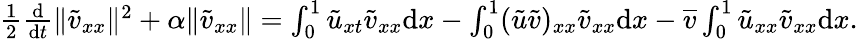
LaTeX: \begin{array}{r}{\frac 12\frac{\mathrm{d}}{\mathrm{d}t}\| {\tilde{v}}_{xx}\| ^{2}+\alpha\| \tilde{v}_{xx}\| =\int_{0}^{1}\tilde{u}_{xt}{\tilde{v}}_{xx}{\mathrm{d}x}-\int_{0}^{1}(\tilde{u}\tilde{v})_{xx}{\tilde{v}}_{xx}{\mathrm{d}x}-\overline{{v}}\int_{0}^{1}\tilde{u}_{xx}{\tilde{v}}_{xx}{\mathrm{d}x}.}\end{array}